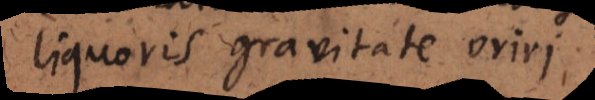
liquoris gravitate oriri.